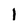
Character: 1